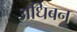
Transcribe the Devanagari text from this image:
अधिबन